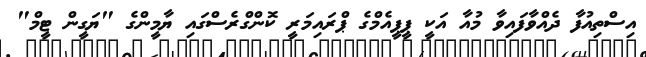
އިސްތިއުފާ ދެއްވާފައިވާ މުއާ އަކީ ޕީޕީއެމްގެ ޕްރައިމަރީ ކޮންގްރެސްގައި ޔާމީންގެ "ޔަގީން ޓީމް"